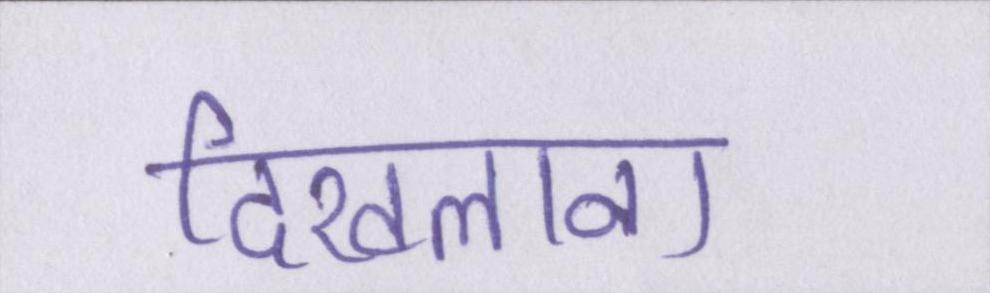
दिखलाना